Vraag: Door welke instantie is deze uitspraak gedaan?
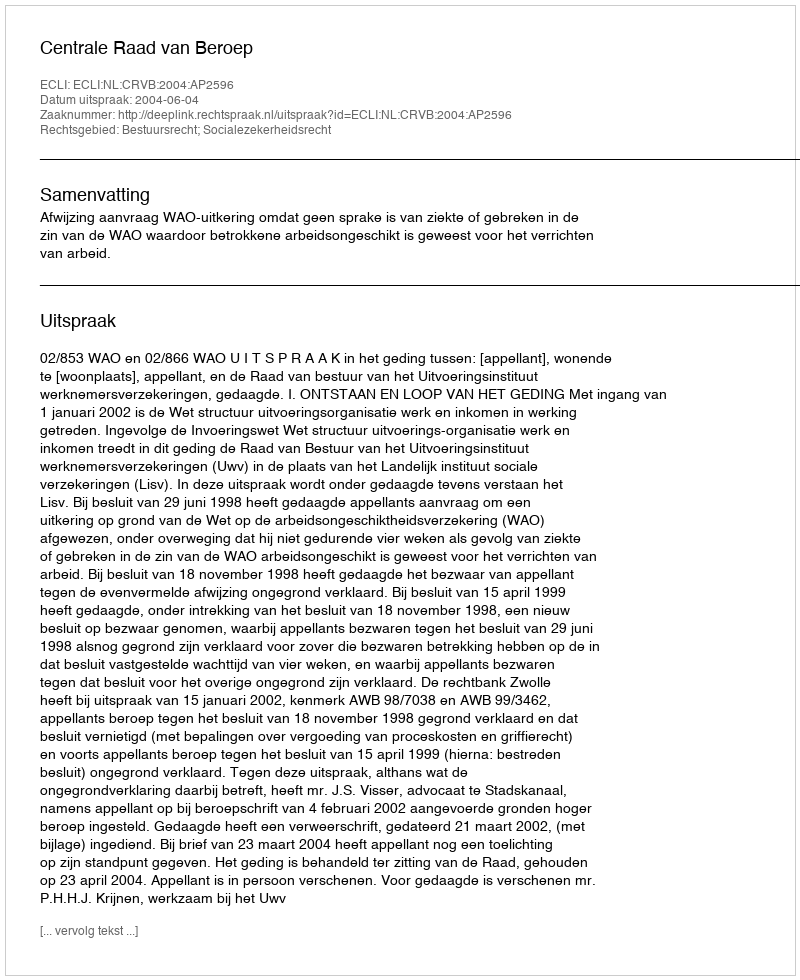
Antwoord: Centrale Raad van Beroep